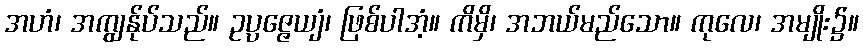
အဟံ၊ အကျွန်ုပ်သည်။ ဥပ္ပဇ္ဇေယျံ၊ ဖြစ်ပါအံ့။ ကိမှိ၊ အဘယ်မည်သော။ ကုလေ၊ အမျိုး၌။